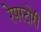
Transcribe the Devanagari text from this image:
रेपरटोरी